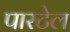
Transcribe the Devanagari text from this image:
पारटेल